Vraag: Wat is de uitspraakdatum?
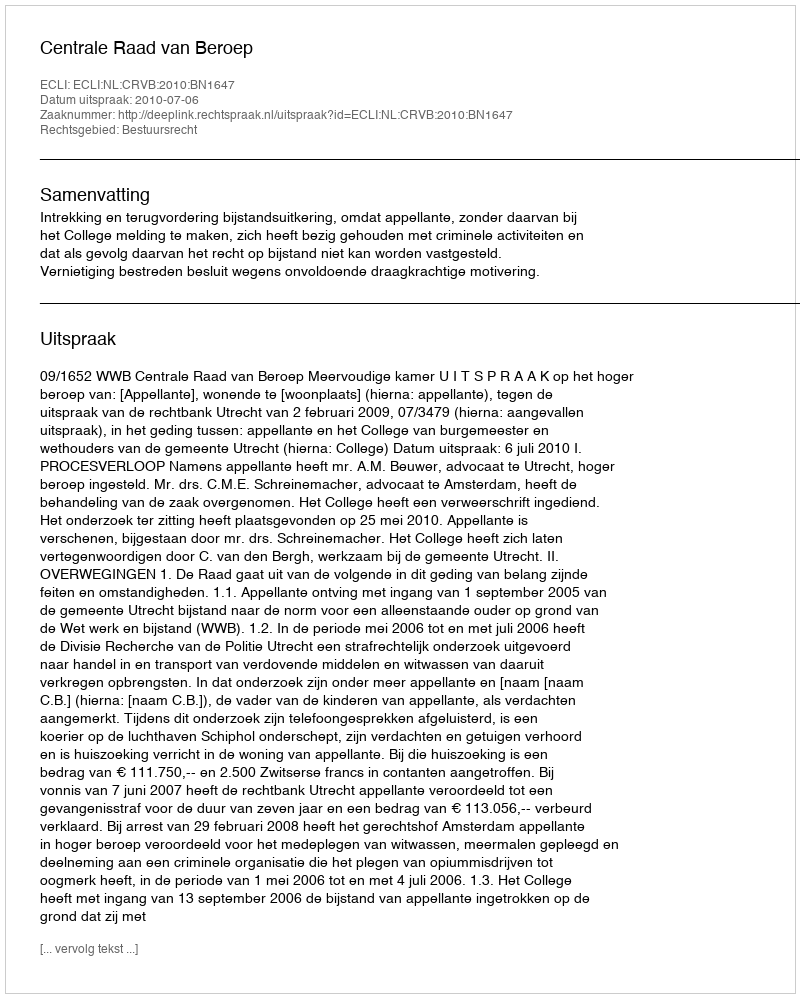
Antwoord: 2010-07-06